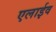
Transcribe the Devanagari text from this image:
एलाईव